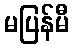
မပြန်မီ